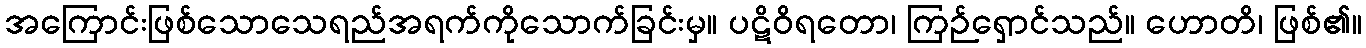
အကြောင်းဖြစ်သောသေရည်အရက်ကိုသောက်ခြင်းမှ။ ပဋိဝိရတော၊ ကြဉ်ရှောင်သည်။ ဟောတိ၊ ဖြစ်၏။